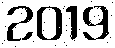
2019